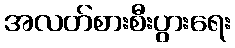
အလတ်စားစီးပွားရေး